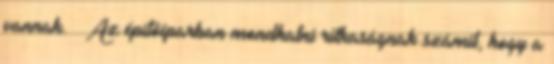
vannak. — Az építôiparban mondhatni ritkaságnak számít, hogy a